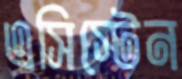
এসিস্টেন